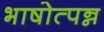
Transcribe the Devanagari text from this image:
भाषोत्पन्न